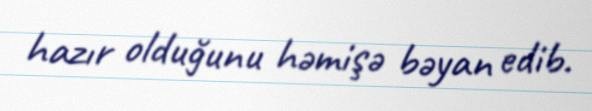
hazır olduğunu həmişə bəyan edib.